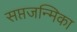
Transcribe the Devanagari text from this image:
सप्तजन्मिका